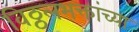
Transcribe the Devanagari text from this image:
विठ्ठलभक्तांच्या